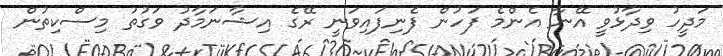
މަދީހު ވިދާޅުވީ އޭނާ އެންމެ ފަހުން ފެނިފައިވަނީ ރޭގެ އިޝާނަމާދު ވަގުތު މިސްކިތުން